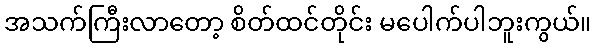
အသက်ကြီးလာတော့ စိတ်ထင်တိုင်း မပေါက်ပါဘူးကွယ်။